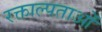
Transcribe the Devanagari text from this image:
रक्ताल्पताओं